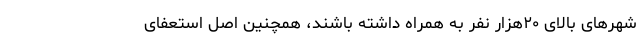
شهرهای بالای ۲۰هزار نفر به همراه داشته باشند، همچنین اصل استعفای